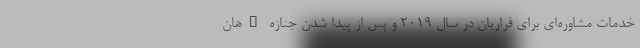
خدمات مشاوره‌ای برای فراریان در سال 2019 و پس از پیدا شدن جنازه "هان